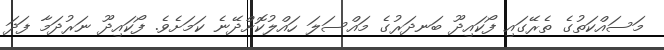
މަސައްކަތުގެ ތެރޭގައި ފޯކައިދޫ ބަނދަރުގެ މައްސަލަ ހައްލުކޮށްދޭނެ ކަަމަށެވެ. ފޯކައިދޫ ނަރުދަމާ ފަދަ